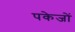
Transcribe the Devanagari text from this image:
पकेजों